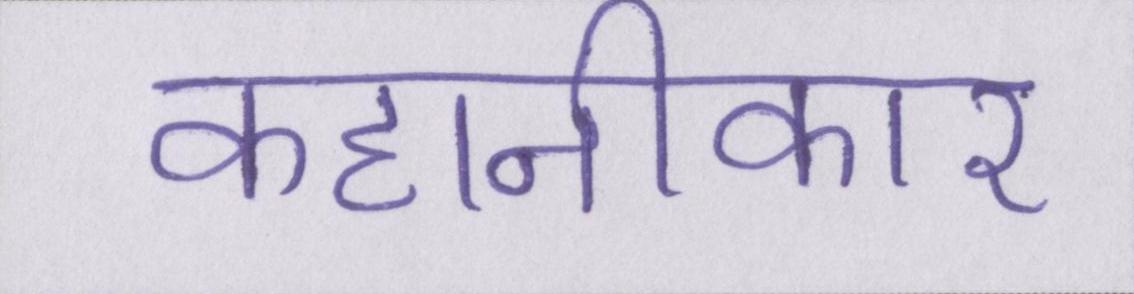
कहानीकार